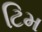
ટિમ